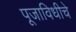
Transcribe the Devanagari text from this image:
पूजाविधीचे